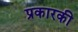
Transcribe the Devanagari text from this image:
प्रकारकी